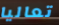
تعاليا